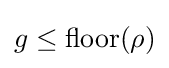
g\leq {\text{floor}}(\rho )